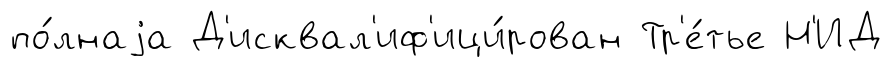
по́лнаjа Д'исквал'иф'ици́рован Тр'е́тье Н'ИД